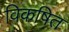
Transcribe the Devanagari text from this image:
विकषित